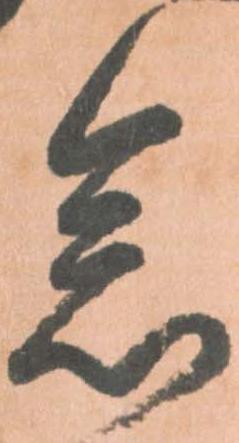
念